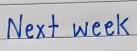
Next week